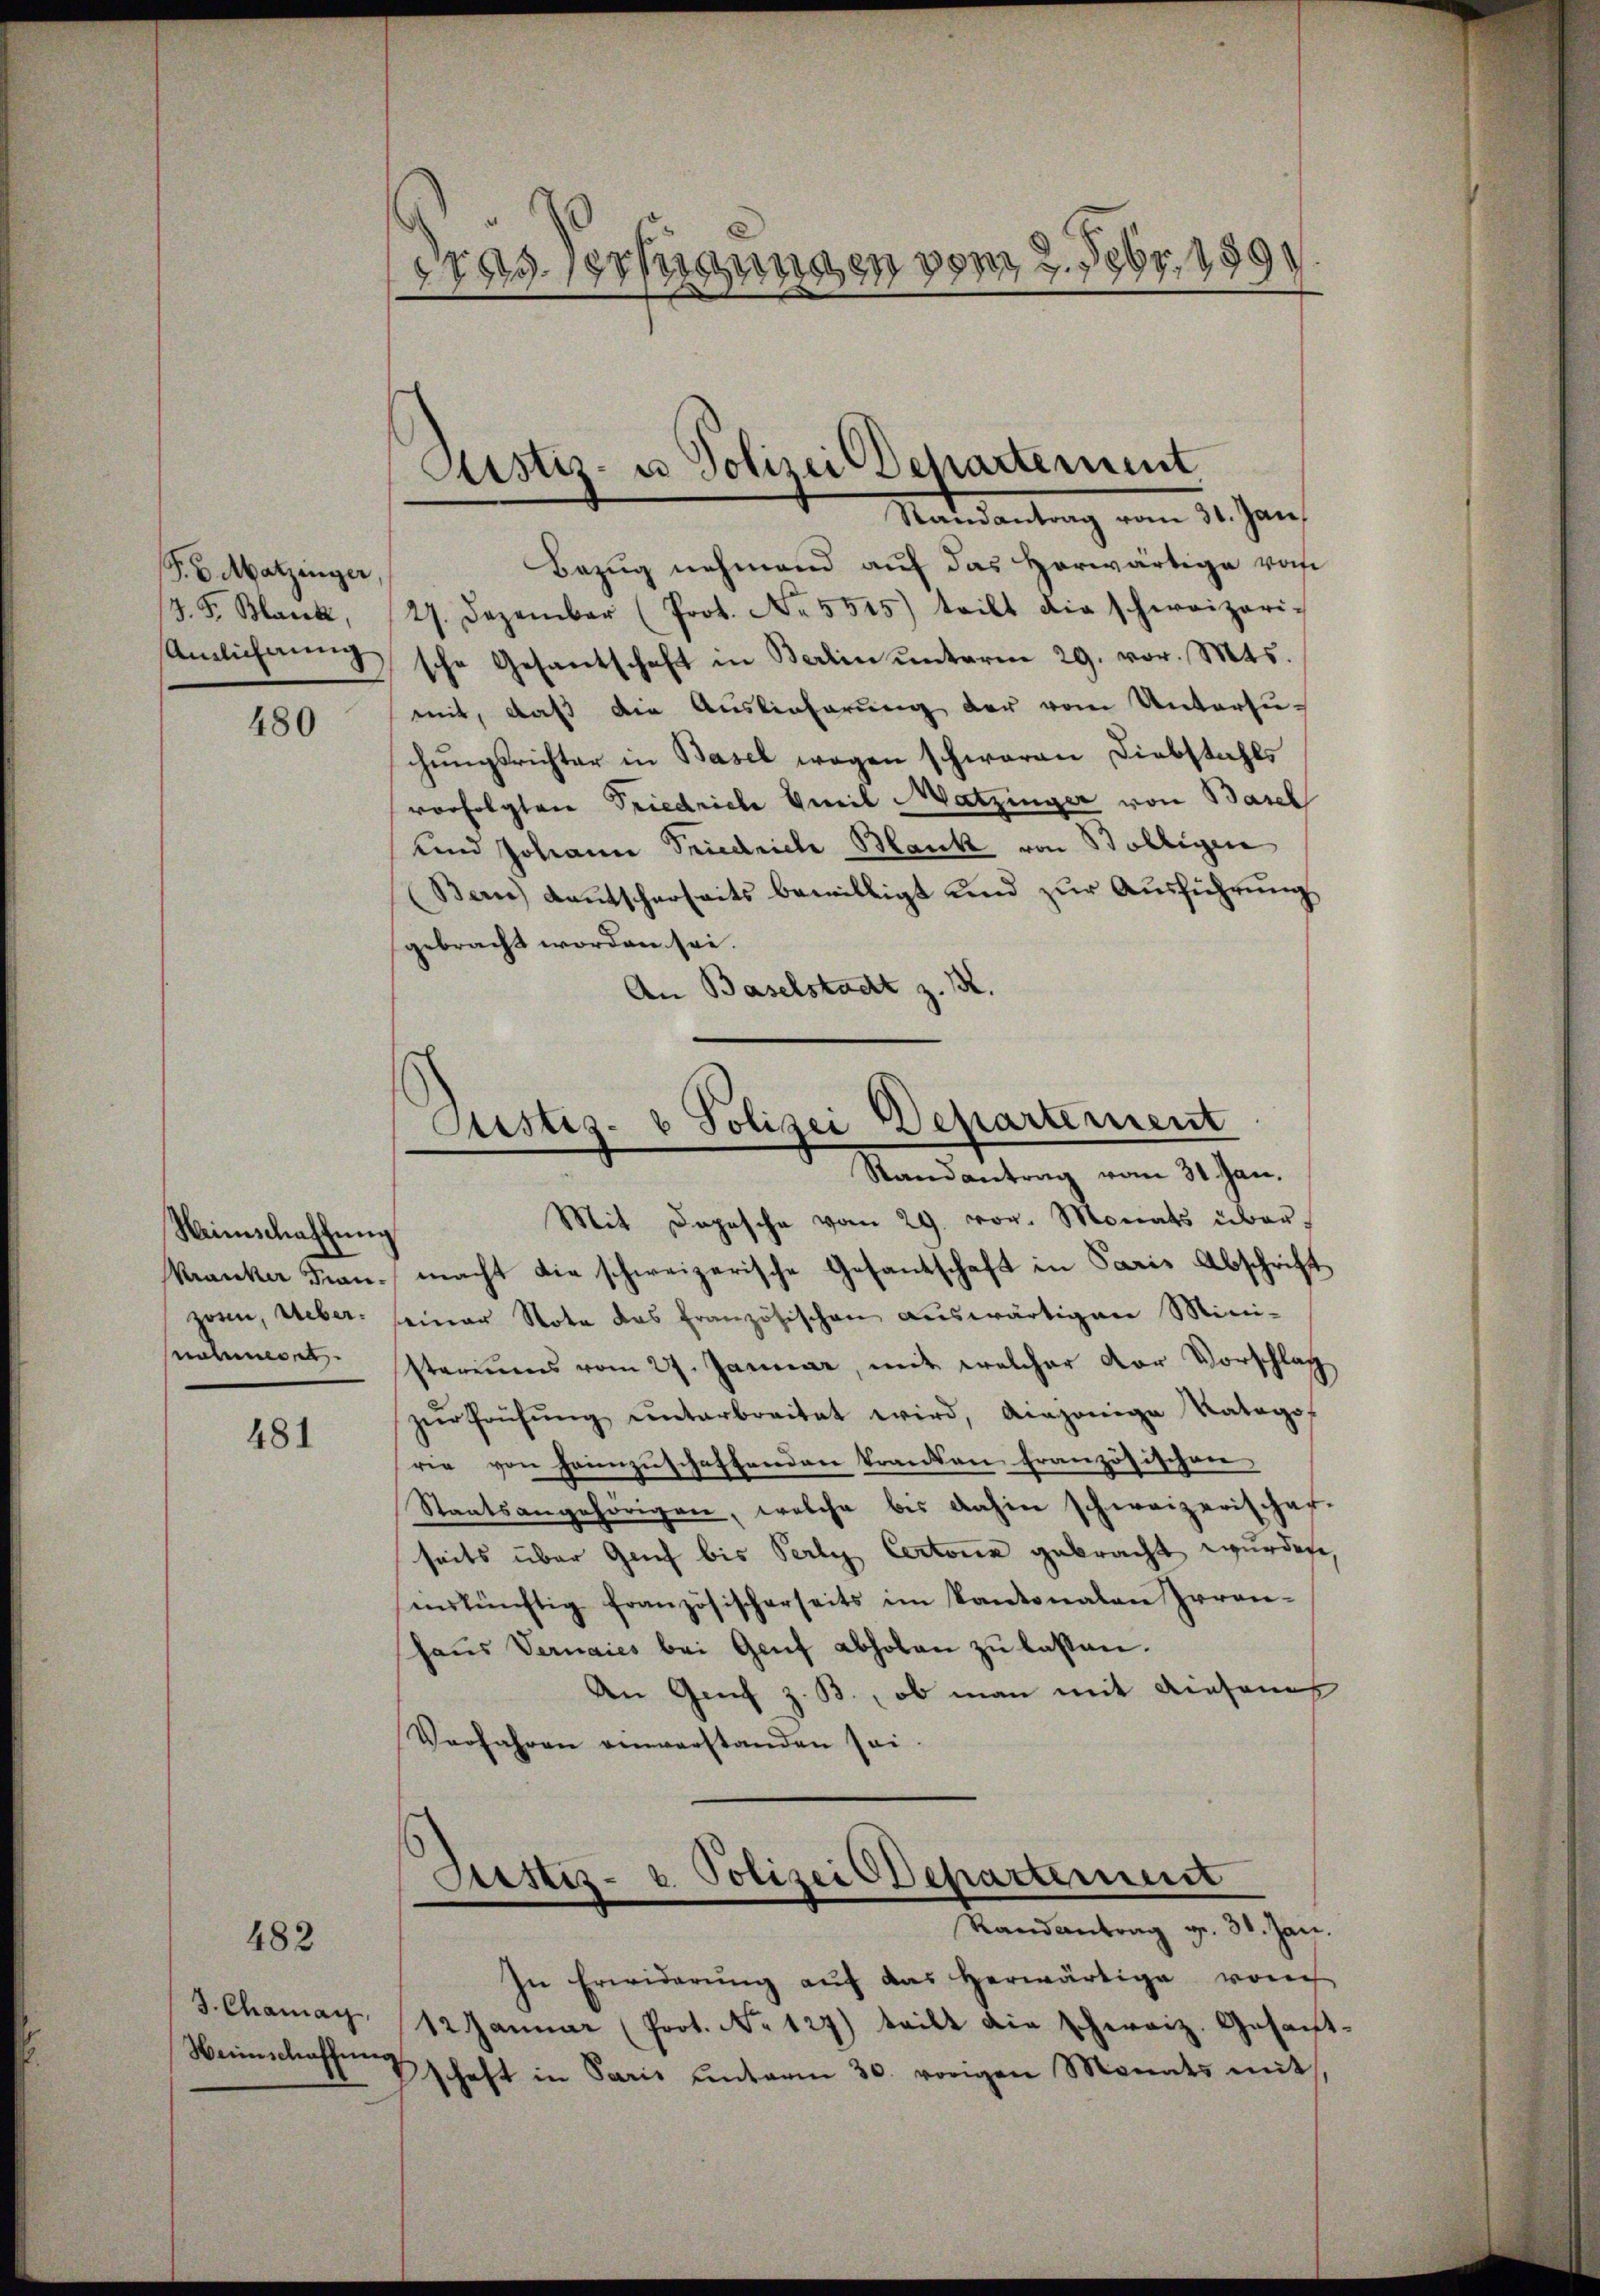
P.S. Matzinger
J. F. Barck,
Amlichung

480

Neinschaffung
Kranker Franzosen, Ueber.
noheret.

481

482

J. Chamay,
Heimschaffen

1759. 198fügungen vom 2. Febr. 189.

Justiz- u. Polizei Departement
Randantrag vom 31. Jan.

Bezug nehmend auf das herwärtige von
27. Dezember (Prot. No. 5545) teilt die schweizerische Gesantschaft in Berlin ŭnterm 29. vor. Mts.
mit, daß die Auslieferung der vom Untersuchungsrichter in Basel wegen schwaren Diebstahls
vorfolgten Friedriche Queil Matzinger von Basel
und Johann Friedriche Blank von Bolligen
(Bern) Kautscherseits bewilligt und zur Ausführung
gebracht worden sei.
An Baselstadt z. B.
Justiz- & Polizei Departement
Randantrag vom 31. Jan.
Mit Depesche vom 29. vor. Monats übermacht die schweizerische Gesantschaft in Paris Abschrift
seiner Note das französischen auswärtigen Mini-
stariums vom 27. Januar, mit welcher dor Vorschlag
zŭr Prüfŭng ŭnterbreitet wird, diejenige Katago
rie von heimzuschaffenden kranken französischen
Staatsangehörigen, welche bis dahin schweizerisches
seits über Genf bis Perly Certonia gebracht wurden,
inskünftig französischerseits im Kantonalen Irren-
haus Vernaies bei Genf abholen zu lassen.
An Gerich z. B., ob man mit diesenes
Verfahren einverstanden sei

Justiz- u. Polizei Departement
Randantrag v. 30. Jan.

In Erwiderŭng aŭf das herwärtige vom
12 Januar (Prot. No 127) teilt die schweiz. Gesantschaft in Paris unterm 30. vorigen Monats mit